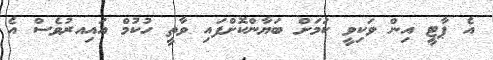
އެ ޕާޓީ އިން ވަކިވީ ކަމަށް ބަޔާންކޮށްފައި ވާތީ ހުކުމް އައިއރުވެސް އެ